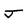
Character: j